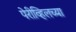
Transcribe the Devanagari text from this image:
पेरीव्हिलच्या